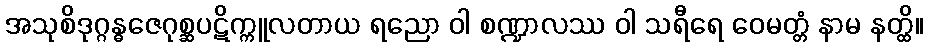
အသုစိဒုဂ္ဂန္ဓဇေဂုစ္ဆပဋိက္ကူလတာယ ရညော ဝါ စဏ္ဍာလဿ ဝါ သရီရေ ဝေမတ္တံ နာမ နတ္ထိ။